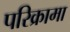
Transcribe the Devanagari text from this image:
परिक्रामा